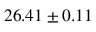
2 6 . 4 1 \pm 0 . 1 1